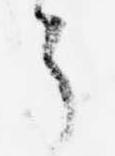
了